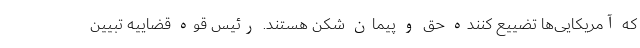
که آمریکایی‌ها تضییع کننده حق و پیمان شکن هستند. رئیس قوه قضاییه تبیین